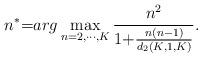
LaTeX: \begin{align*}n^*{=}arg\max_{n{=}2{,}\cdots{,}K}\frac{n^2}{1{+}\frac{n(n{-}1)}{d_2(K{,}1{,}K)}}.\end{align*}